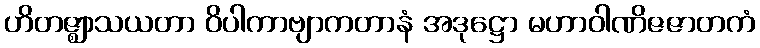
ဟိတဇ္ဈာသယတာ ဝိပါကာဗျာကတာနံ အဒုဋ္ဌော မဟာဝါဏိဇဇာတကံ